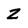
Character: Z